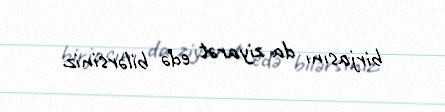
birjasını da ziyarət edə bilərsiniz.